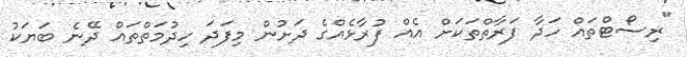
"ރިސޯޓްތައް ހަދާ ފަރާތްތަކަށް އެއް ފުރާޅެއްގެ ދަށުން މިފަދަ ހިދުމަތްތައް ދޭނެ ބަޔަކު